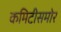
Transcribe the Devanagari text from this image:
कमिटीसमोर